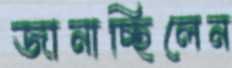
জানাচ্ছিলেন